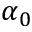
\alpha _ { 0 }